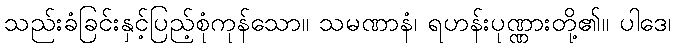
သည်းခံခြင်းနှင့်ပြည့်စုံကုန်သော။ သမဏာနံ၊ ရဟန်းပုဏ္ဏားတို့၏။ ပါဒေ၊